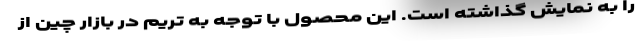
را به نمایش گذاشته است. این محصول با توجه به تریم در بازار چین از